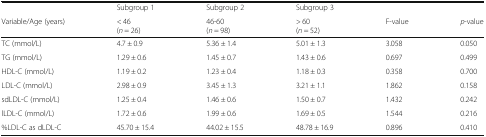
<table><thead><tr><td></td><td><b>Subgroup 1</b></td><td><b>Subgroup 2</b></td><td><b>Subgroup 3</b></td><td></td><td></td></tr><tr><td><b>Variable/Age (years)</b></td><td><b>&lt; 46(<i>n</i> = 26)</b></td><td><b>46-60(<i>n</i> = 98)</b></td><td><b>&gt; 60(<i>n</i> = 52)</b></td><td><b>F-value</b></td><td><b><i>p</i>-value</b></td></tr></thead><tbody><tr><td>TC (mmol/L)</td><td>4.7 ± 0.9</td><td>5.36 ± 1.4</td><td>5.01 ± 1.3</td><td>3.058</td><td>0.050</td></tr><tr><td>TG (mmol/L)</td><td>1.29 ± 0.6</td><td>1.45 ± 0.7</td><td>1.43 ± 0.6</td><td>0.697</td><td>0.499</td></tr><tr><td>HDL-C (mmol/L)</td><td>1.19 ± 0.2</td><td>1.23 ± 0.4</td><td>1.18 ± 0.3</td><td>0.358</td><td>0.700</td></tr><tr><td>LDL-C (mmol/L)</td><td>2.98 ± 0.9</td><td>3.45 ± 1.3</td><td>3.21 ± 1.1</td><td>1.862</td><td>0.158</td></tr><tr><td>sdLDL-C (mmol/L)</td><td>1.25 ± 0.4</td><td>1.46 ± 0.6</td><td>1.50 ± 0.7</td><td>1.432</td><td>0.242</td></tr><tr><td>lLDL-C (mmol/L)</td><td>1.72 ± 0.6</td><td>1.99 ± 0.6</td><td>1.69 ± 0.5</td><td>1.544</td><td>0.216</td></tr><tr><td>%LDL-C as dLDL-C</td><td>45.70 ± 15.4</td><td>44.02 ± 15.5</td><td>48.78 ± 16.9</td><td>0.896</td><td>0.410</td></tr></tbody></table>